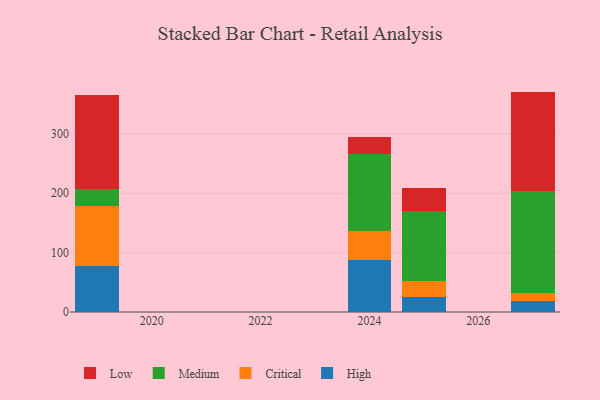
{"axis": {"x": "Year", "y": "Market Share (%)"}, "legend": ["Critical", "High", "Low", "Medium"], "data": [{"x": "2024", "y": 86.8, "type": "High"}, {"x": "2024", "y": 50.4, "type": "Critical"}, {"x": "2024", "y": 129.4, "type": "Medium"}, {"x": "2024", "y": 28.2, "type": "Low"}, {"x": "2025", "y": 25.1, "type": "High"}, {"x": "2025", "y": 26.9, "type": "Critical"}, {"x": "2025", "y": 118.2, "type": "Medium"}, {"x": "2025", "y": 39.4, "type": "Low"}, {"x": "2027", "y": 18.7, "type": "High"}, {"x": "2027", "y": 13.9, "type": "Critical"}, {"x": "2027", "y": 171.3, "type": "Medium"}, {"x": "2027", "y": 167.4, "type": "Low"}, {"x": "2019", "y": 78.0, "type": "High"}, {"x": "2019", "y": 101.2, "type": "Critical"}, {"x": "2019", "y": 27.4, "type": "Medium"}, {"x": "2019", "y": 159.7, "type": "Low"}]}